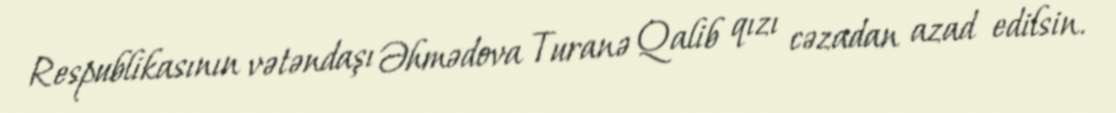
Respublikasının vətəndaşı Əhmədova Turanə Qalib qızı cəzadan azad edilsin.